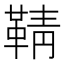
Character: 𮧞